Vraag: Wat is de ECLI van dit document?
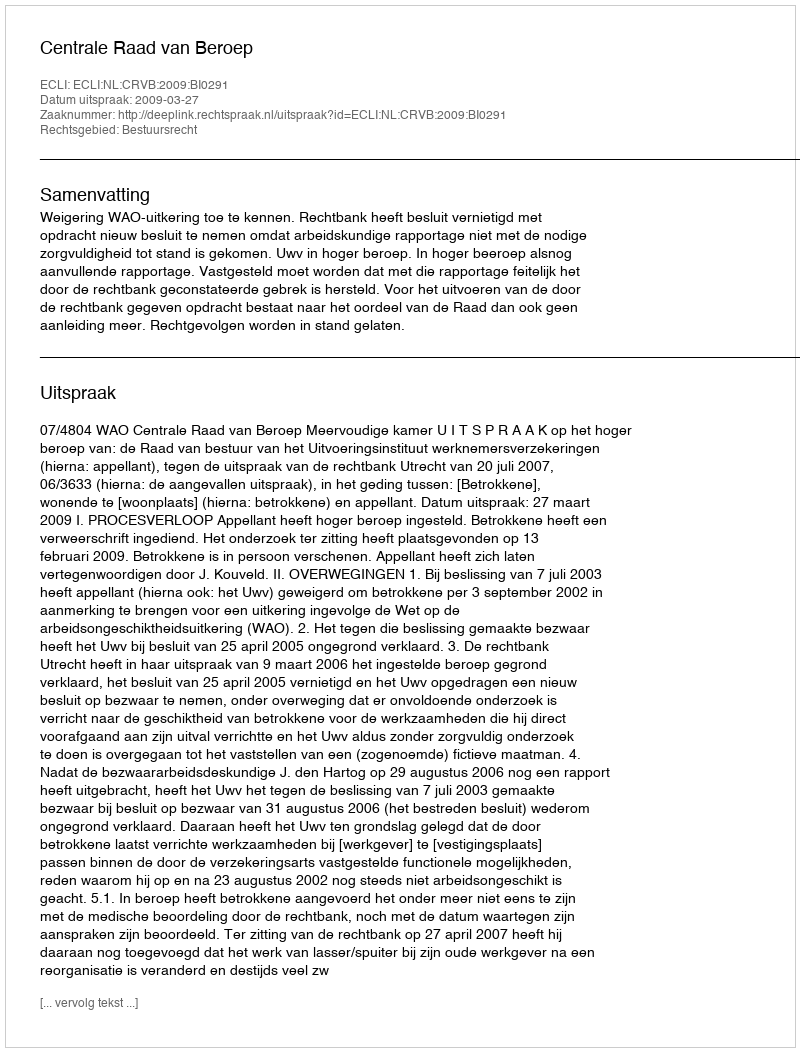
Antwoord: ECLI:NL:CRVB:2009:BI0291